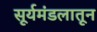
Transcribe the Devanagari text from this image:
सूर्यमंडलातून